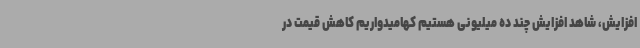
افزایش، شاهد افزایش چند ده میلیونی هستیم کهامیدواریم کاهش قیمت‌ در